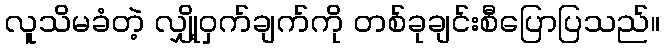
လူသိမခံတဲ့ လျှို့ဝှက်ချက်ကို တစ်ခုချင်းစီပြောပြသည်။